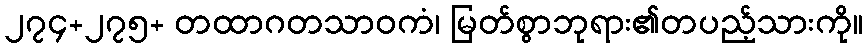
၂၇၄+၂၇၅+ တထာဂတသာဝကံ၊ မြတ်စွာဘုရား၏တပည့်သားကို။